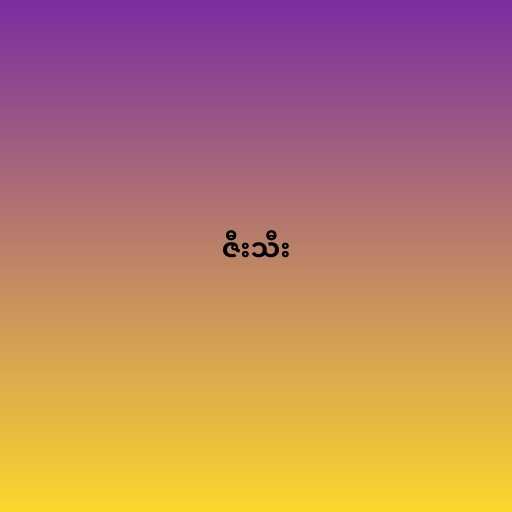
ဇီးသီး